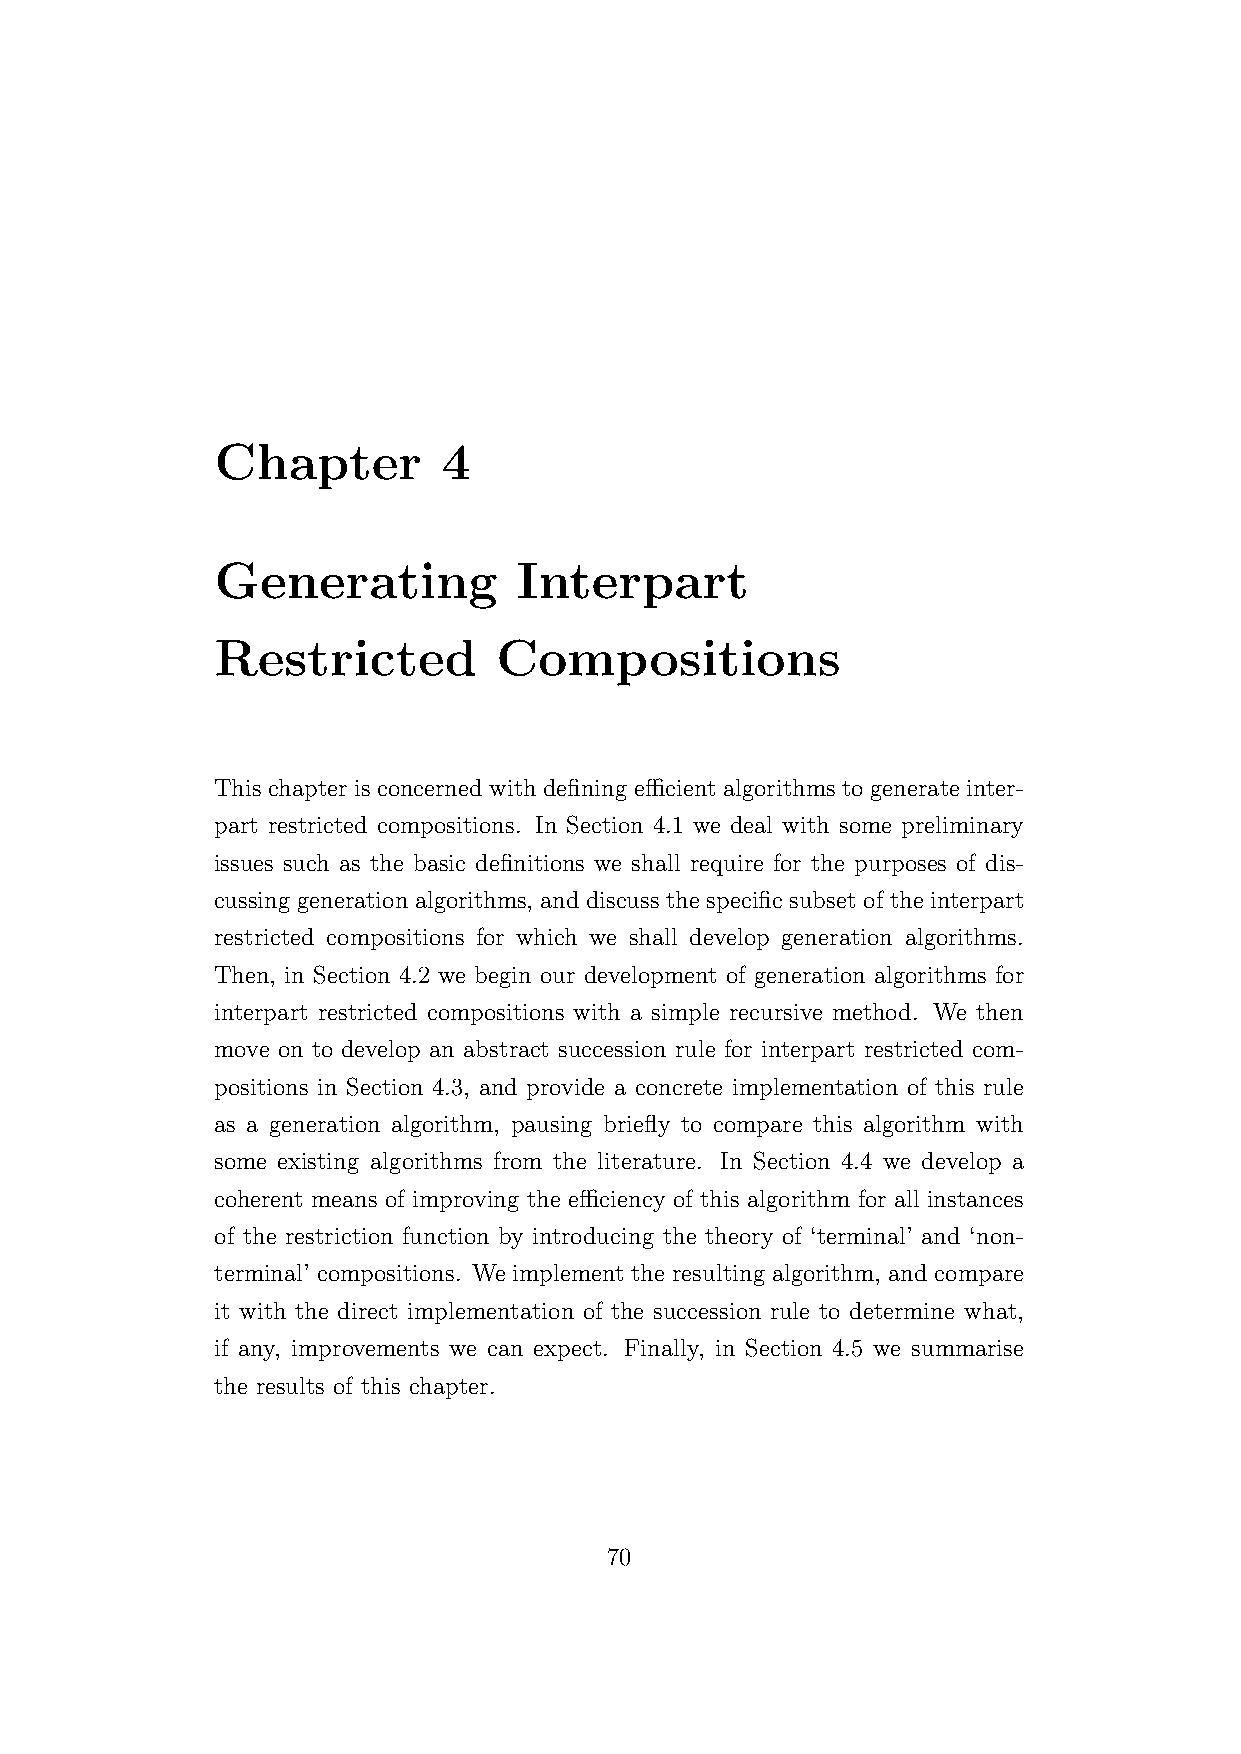
Chapter        4
 Generating          Interpart
 Restricted         Compositions
 This chapter is concerned with defining efficient algorithms to generate inter-
 part restricted compositions. In Section 4.1 we deal with some preliminary
 issues such as the basic definitions we shall require for the purposes of dis-
 cussing generation algorithms, and discuss the specific subset of the interpart
 restricted compositions for which we shall develop generation algorithms.
 Then, in Section 4.2 we begin our development of generation algorithms for
 interpart restricted compositions with a simple recursive method. We then
 move on to develop an abstract succession rule for interpart restricted com-
 positions in Section 4.3, and provide a concrete implementation of this rule
 as a generation algorithm, pausing briefly to compare this algorithm with
 some existing algorithms from the literature. In Section 4.4 we develop a
 coherent means of improving the efficiency of this algorithm for all instances
 of the restriction function by introducing the theory of ‘terminal’ and ‘non-
 terminal’ compositions. We implement the resulting algorithm, and compare
 it with the direct implementation of the succession rule to determine what,
 if any, improvements we can expect. Finally, in Section 4.5 we summarise
 the results of this chapter.
 70